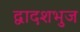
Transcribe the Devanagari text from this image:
द्वादशभुज